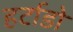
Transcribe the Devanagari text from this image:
हर्टाडो